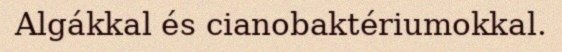
Algákkal és cianobaktériumokkal.